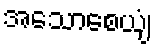
အသောစေယျံ